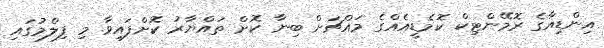
އިންޑިއާގެ ރޮމޭންޓިކް ކޮމެޑީއެއްގެ މައްޗަށް ބިނާ ކޮށް ތައްޔާރު ކޮށްފައިވާ މި ފިލްމުގައި